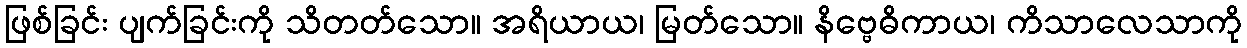
ဖြစ်ခြင်း ပျက်ခြင်းကို သိတတ်သော။ အရိယာယ၊ မြတ်သော။ နိဗ္ဗေဓိကာယ၊ ကိသာလေသာကို